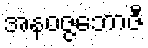
အနဝဇ္ဇဘောဇီ